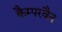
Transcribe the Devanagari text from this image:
कैम्परवैन